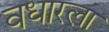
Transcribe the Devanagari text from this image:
वधारला